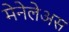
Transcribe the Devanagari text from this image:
मेनेलेअस